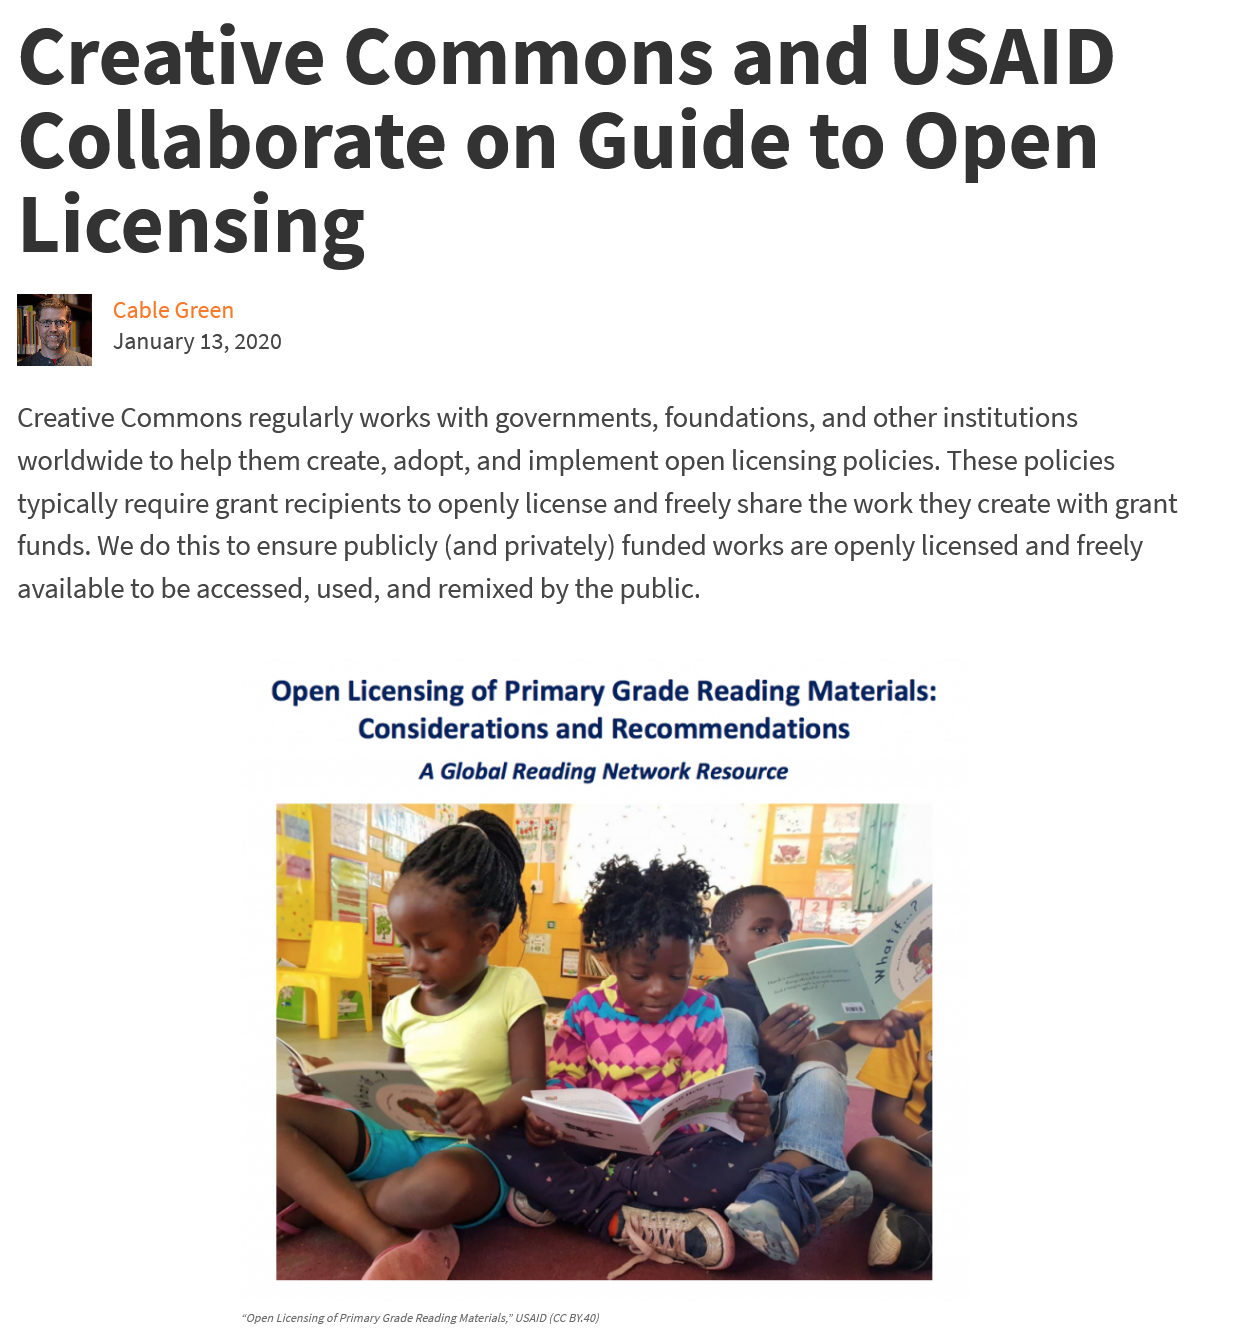
Creative    Commons    and    USAID
  Collaborate    on    Guide    to    Open
  Licensing
     Cable Green
     January 13, 2020
  Creative Commons regularly works with governments, foundations, and other institutions
  worldwide to help them create, adopt, and implement open licensing policies. These policies
  typically require grant recipients to openly license and freely share the work they create with grant
  funds. We do this to ensure publicly (and privately) funded works are openly licensed and freely
  available to be accessed, used, and remixed by the public.
     Open Licensing of Primary Grade Reading Materials:
     Considerations and Recommendations
     A Global Reading Network Resource